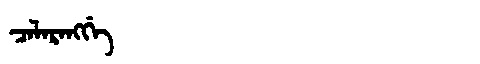
Manchu: ᠴᠠᠯᠠᡵᠠᠩᡤᡝ
Romanization: CALARANGGE